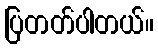
ပြတတ်ပါတယ်။